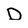
Character: D